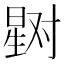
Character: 𰖞